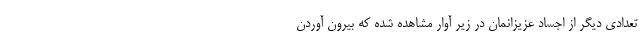
تعدادی دیگر از اجساد عزیزانمان در زیر آوار مشاهده شده که بیرون آوردن